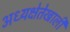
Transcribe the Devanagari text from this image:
अध्यक्षेतेखाली